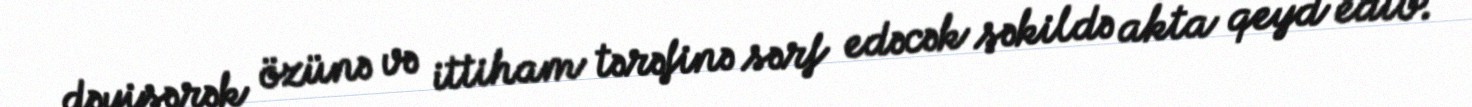
dəyişərək özünə və ittiham tərəfinə sərf edəcək şəkildə akta qeyd edib.